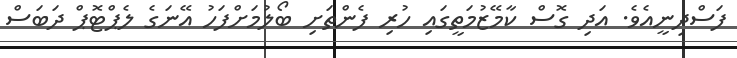
ފަސްދިނީއެވެ. އަދި ގޮސް ކާމޭޒުމަތީގައި ހުރި ފެންތަށި ބޯލުމަށްފަހު އޭނަގެ ލެޕްޓޮޕް ދަބަސް